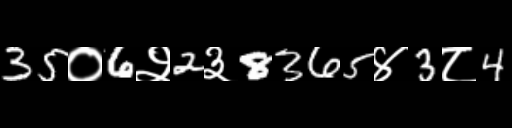
Text: 35०6२2३8365४3८4